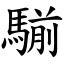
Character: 騚